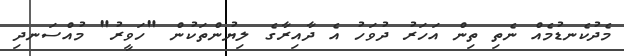
މެދުކެނޑުމެއް ނެތި ތިން އަހަރު ދުވަހު އެ ދާއިރާގެ ލިޔުންތަކުން "ހަވީރު" މުއްސަނދި